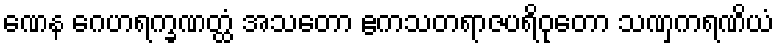
ဏေန ဂေဟရက္ခဏတ္ထံ အသတော ဧကသတရာဇပရိဝုတော သဏှကရဏိယံ